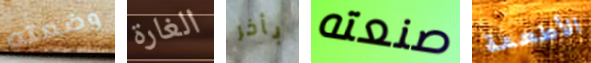
وضعته الغارة بأخر صنعته الأطعمة